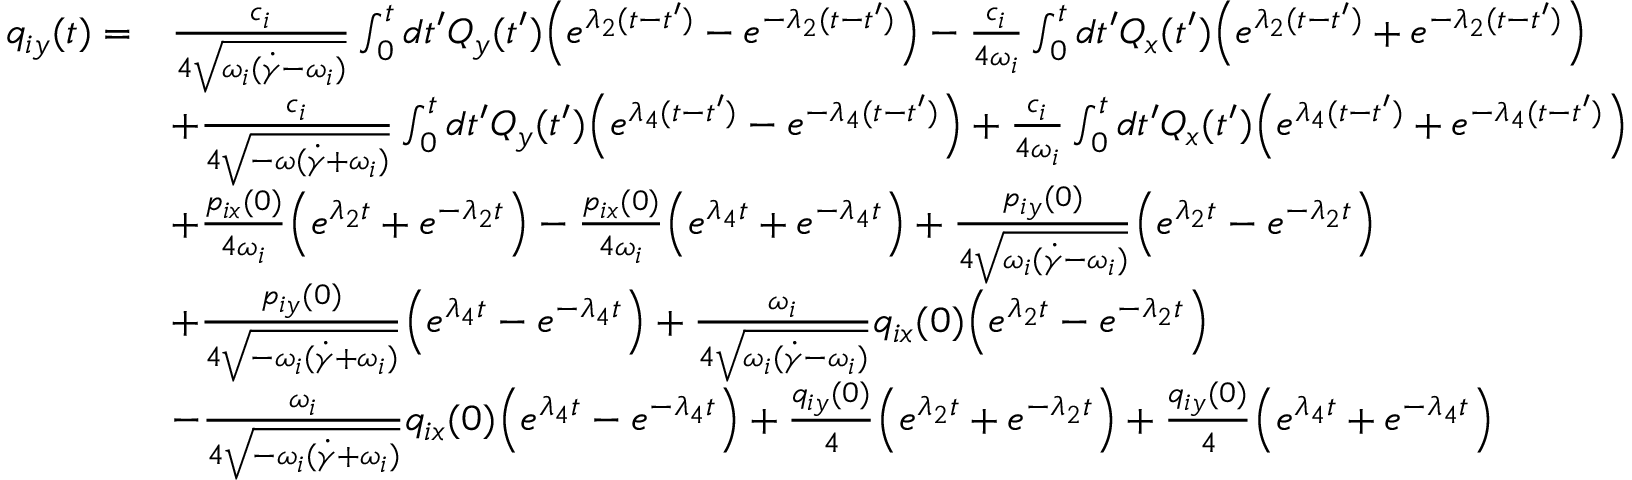
\begin{array} { r l } { q _ { i y } ( t ) = } & { \frac { c _ { i } } { 4 \sqrt { \omega _ { i } ( \dot { \gamma } - \omega _ { i } ) } } \int _ { 0 } ^ { t } d t ^ { \prime } Q _ { y } ( t ^ { \prime } ) \Bigl ( e ^ { \lambda _ { 2 } ( t - t ^ { \prime } ) } - e ^ { - \lambda _ { 2 } ( t - t ^ { \prime } ) } \Bigr ) - \frac { c _ { i } } { 4 \omega _ { i } } \int _ { 0 } ^ { t } d t ^ { \prime } Q _ { x } ( t ^ { \prime } ) \Bigl ( e ^ { \lambda _ { 2 } ( t - t ^ { \prime } ) } + e ^ { - \lambda _ { 2 } ( t - t ^ { \prime } ) } \Bigr ) } \\ & { + \frac { c _ { i } } { 4 \sqrt { - \omega ( \dot { \gamma } + \omega _ { i } ) } } \int _ { 0 } ^ { t } d t ^ { \prime } Q _ { y } ( t ^ { \prime } ) \Bigl ( e ^ { \lambda _ { 4 } ( t - t ^ { \prime } ) } - e ^ { - \lambda _ { 4 } ( t - t ^ { \prime } ) } \Bigr ) + \frac { c _ { i } } { 4 \omega _ { i } } \int _ { 0 } ^ { t } d t ^ { \prime } Q _ { x } ( t ^ { \prime } ) \Bigl ( e ^ { \lambda _ { 4 } ( t - t ^ { \prime } ) } + e ^ { - \lambda _ { 4 } ( t - t ^ { \prime } ) } \Bigr ) } \\ & { + \frac { p _ { i x } ( 0 ) } { 4 \omega _ { i } } \Bigl ( e ^ { \lambda _ { 2 } t } + e ^ { - \lambda _ { 2 } t } \Bigr ) - \frac { p _ { i x } ( 0 ) } { 4 \omega _ { i } } \Bigl ( e ^ { \lambda _ { 4 } t } + e ^ { - \lambda _ { 4 } t } \Bigr ) + \frac { p _ { i y } ( 0 ) } { 4 \sqrt { \omega _ { i } ( \dot { \gamma } - \omega _ { i } ) } } \Bigl ( e ^ { \lambda _ { 2 } t } - e ^ { - \lambda _ { 2 } t } \Bigr ) } \\ & { + \frac { p _ { i y } ( 0 ) } { 4 \sqrt { - \omega _ { i } ( \dot { \gamma } + \omega _ { i } ) } } \Bigl ( e ^ { \lambda _ { 4 } t } - e ^ { - \lambda _ { 4 } t } \Bigr ) + \frac { \omega _ { i } } { 4 \sqrt { \omega _ { i } ( \dot { \gamma } - \omega _ { i } ) } } q _ { i x } ( 0 ) \Bigl ( e ^ { \lambda _ { 2 } t } - e ^ { - \lambda _ { 2 } t } \Bigr ) } \\ & { - \frac { \omega _ { i } } { 4 \sqrt { - \omega _ { i } ( \dot { \gamma } + \omega _ { i } ) } } q _ { i x } ( 0 ) \Bigl ( e ^ { \lambda _ { 4 } t } - e ^ { - \lambda _ { 4 } t } \Bigr ) + \frac { q _ { i y } ( 0 ) } { 4 } \Bigl ( e ^ { \lambda _ { 2 } t } + e ^ { - \lambda _ { 2 } t } \Bigr ) + \frac { q _ { i y } ( 0 ) } { 4 } \Bigl ( e ^ { \lambda _ { 4 } t } + e ^ { - \lambda _ { 4 } t } \Bigr ) } \end{array}